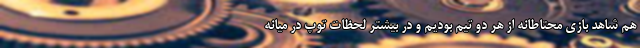
هم شاهد بازی محتاطانه از هر دو تیم بودیم و در بیشتر لحظات توپ در میانه